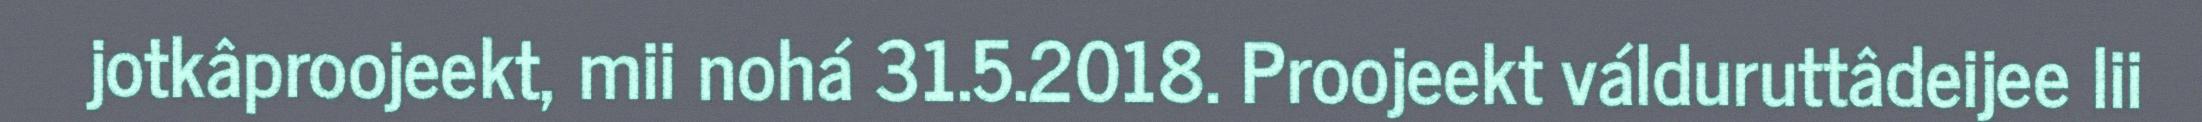
jotkâproojeekt, mii nohá 31.5.2018. Proojeekt válduruttâdeijee lii